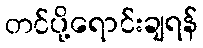
တင်ပို့ရောင်းချရန်